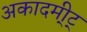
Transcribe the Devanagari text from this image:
अकादमी्ट्